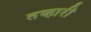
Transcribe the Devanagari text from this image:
तव्हारी